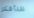
سأفكر